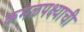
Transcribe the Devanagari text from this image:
कमळपक्ष्याची